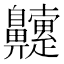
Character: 䶑